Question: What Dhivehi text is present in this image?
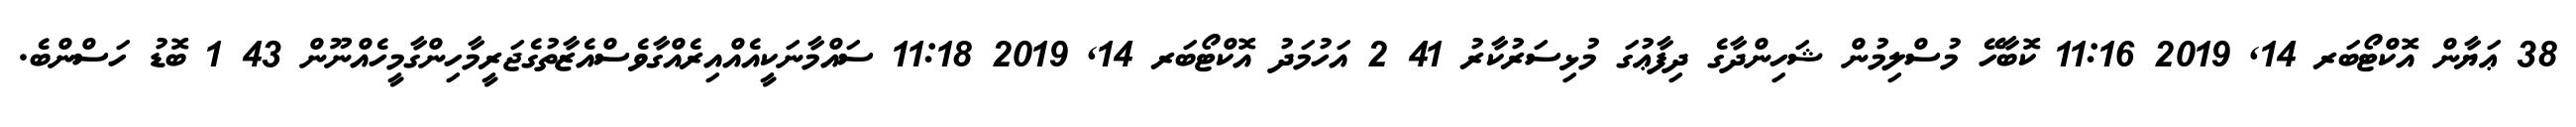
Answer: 38 ޢަޔާން އޮކްޓޯބަރ 14, 2019 11:16 ކޮބާހޭ މުސްލިމުން ޝަހިންދާގެ ދިފާޢުގަ މުޅިސަރުކާރު 41 2 އަހުމަދު އޮކްޓޯބަރ 14, 2019 11:18 ސައްމާނަކީއެއްއިރެއްގާވެސްއެޒާތުގެޖަރީމާހިންގާމީހެއްނޫން 43 1 ބޮޑު ހަސްންބެ.